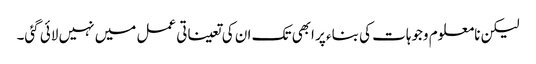
لیکن نامعلوم وجوہات کی بناء پر ابھی تک ان کی تعیناتی عمل میں نہیں لائی گئی۔